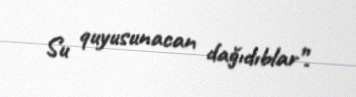
Su quyusunacan dağıdıblar”.